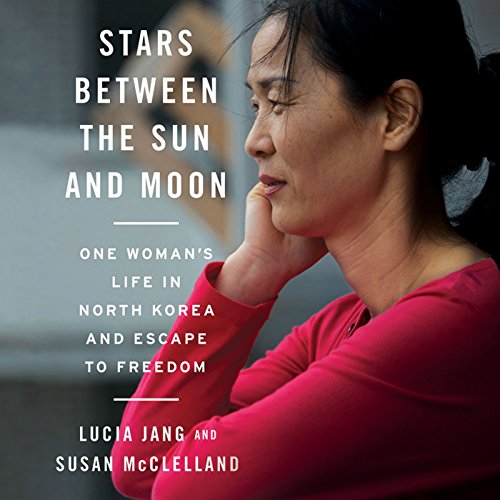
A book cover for Stars Between the Sun and Moon: One Woman's Life in North Korea and Escape to Freedom; Lucia Jang; History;